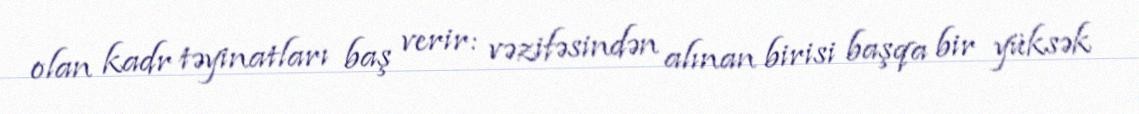
olan kadr təyinatları baş verir: vəzifəsindən alınan birisi başqa bir yüksək